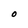
Character: O